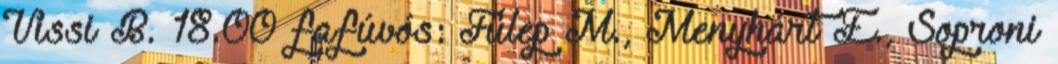
Vissi B. 18.00 fafúvós: Fülep M., Menyhárt E., Soproni